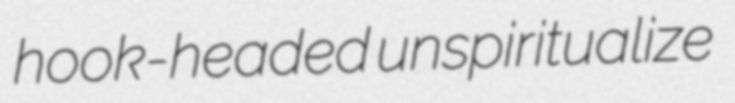
hook-headed unspiritualize